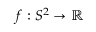
f : S ^ { 2 } \to \mathbb { R }